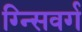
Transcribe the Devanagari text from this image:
ग्न्सिवर्ग